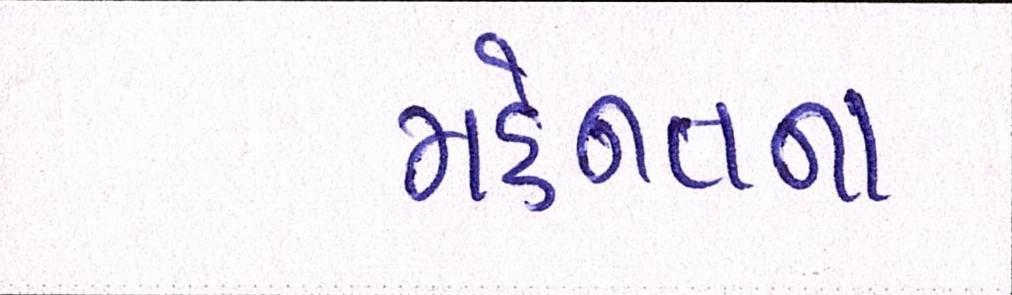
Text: મહેનતના